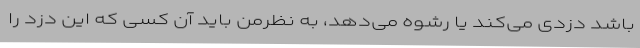
باشد دزدی می‌کند یا رشوه می‌دهد، به نظرمن باید آن کسی که این دزد را